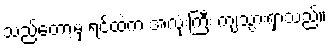
သည်တော့မှ ရင်ထဲက အလုံးကြီး ကျသွားရှာသည်။